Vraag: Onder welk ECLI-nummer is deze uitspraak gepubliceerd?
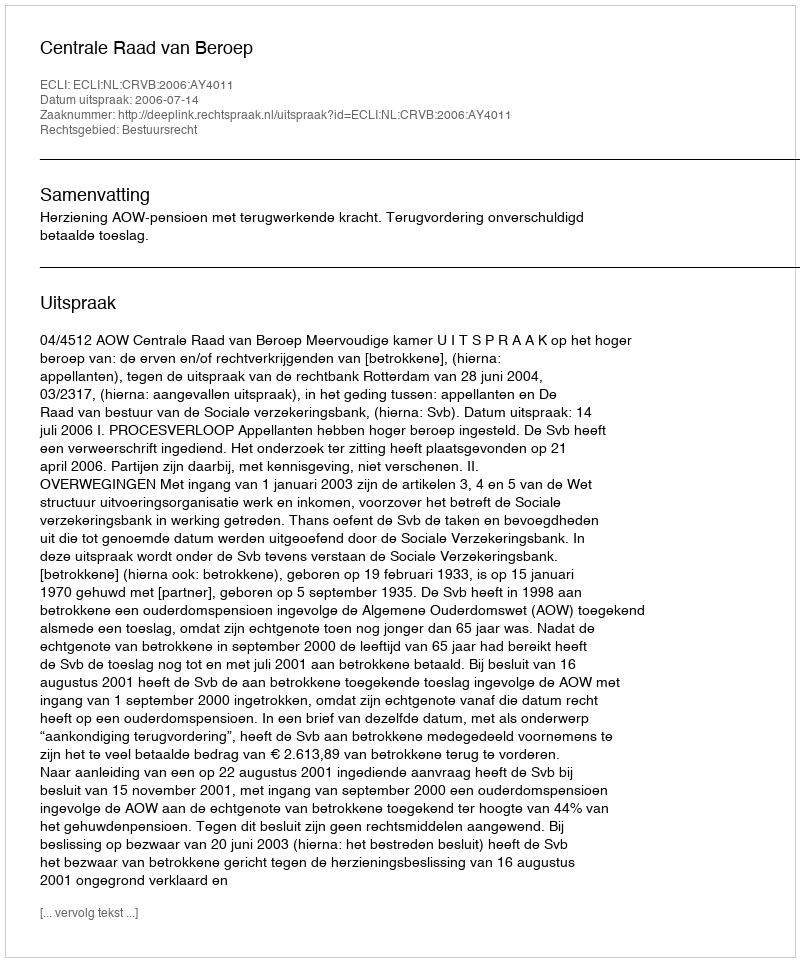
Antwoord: ECLI:NL:CRVB:2006:AY4011